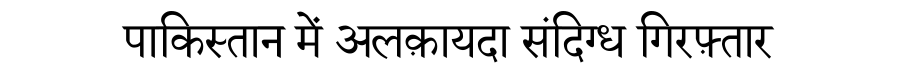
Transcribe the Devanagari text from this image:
पाकिस्तान में अलक़ायदा संदिग्ध गिरफ़्तार